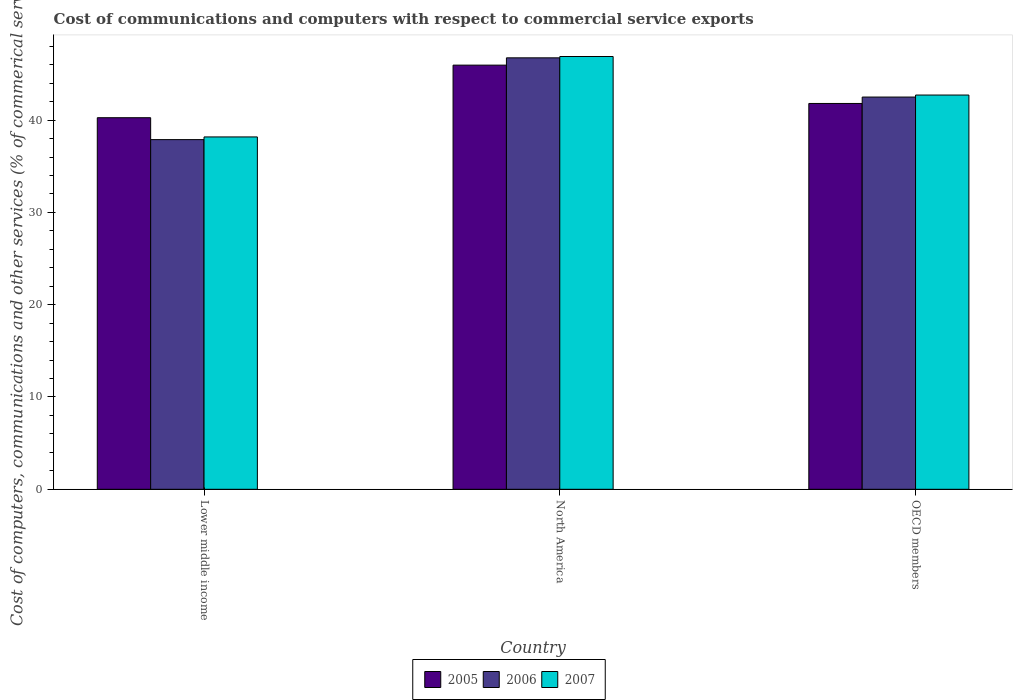
| Country | 2005 | 2006 | 2007 |
 | --- | --- | --- | --- |
 | Lower middle income | 40.3 | 37.9 | 38.2 |
 | North America | 46 | 46.7 | 46.9 |
 | OECD members | 41.8 | 42.5 | 42.7 |